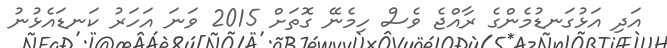
އަދި އަޅުގަނޑުމެންގެ ރާއްޖެ ވެސް ހިމެނޭ ގޮތަށް 2015 ވަނަ އަހަރު ކަނޑައެޅުނު